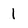
Character: 1